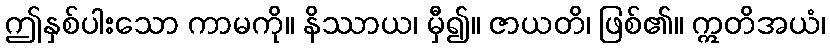
ဤနှစ်ပါးသော ကာမကို။ နိဿာယ၊ မှီ၍။ ဇာယတိ၊ ဖြစ်၏။ ဣတိအယံ၊